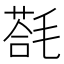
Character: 𣯈